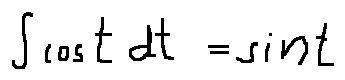
\int \cos t d t = \sin t